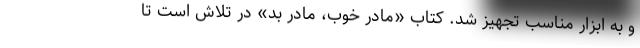
و به ابزار مناسب تجهیز شد. کتاب «مادر خوب، مادر بد» در تلاش است تا